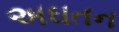
અઘતન